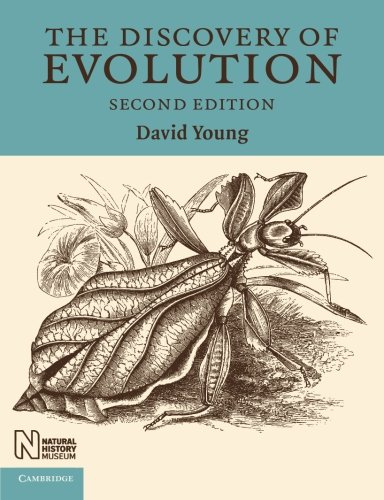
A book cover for The Discovery of Evolution, 2nd Edition; David Young; Science & Math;